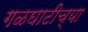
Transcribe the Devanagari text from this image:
गळघाटीच्या